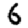
Digit: 6